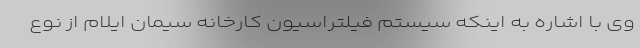
وی با اشاره به اینکه سیستم فیلتراسیون کارخانه سیمان ایلام از نوع